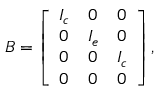
\boldsymbol { B } = \left[ \begin{array} { l l l } { \boldsymbol { I _ { c } } } & { \boldsymbol { 0 } } & { \boldsymbol { 0 } } \\ { \boldsymbol { 0 } } & { \boldsymbol { I _ { e } } } & { \boldsymbol { 0 } } \\ { \boldsymbol { 0 } } & { \boldsymbol { 0 } } & { \boldsymbol { I _ { c } } } \\ { \boldsymbol { 0 } } & { \boldsymbol { 0 } } & { \boldsymbol { 0 } } \end{array} \right] ,